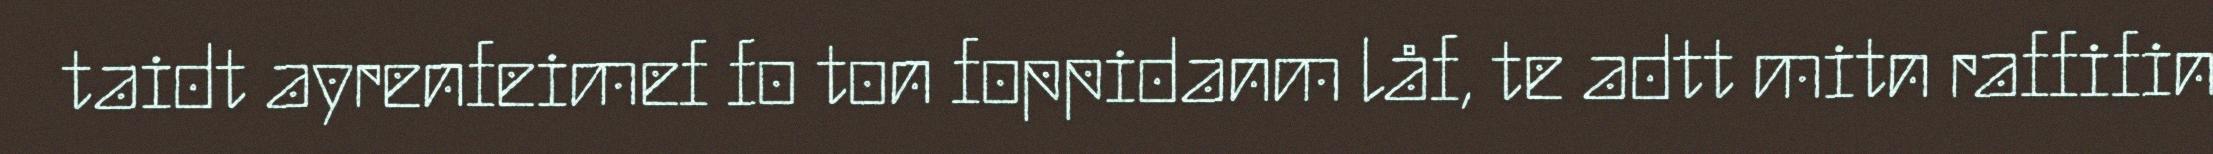
taidt ayrenfeimef fo ton foppidanm låf, te adtt mitn raffifin